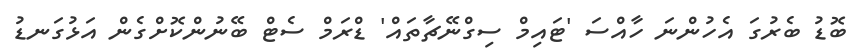
ބޮޑު ބެރުގަ އެހުންނަ ހާއްސަ 'ޓައިމް ސިގްނޭޗާތައް' ޑްރަމް ސެޓް ބޭނުންކޮށްގެން އަޅުގަނޑު